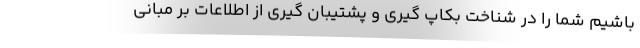
باشیم شما را در شناخت بکاپ گیری و پشتیبان گیری از اطلاعات بر مبانی